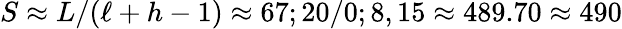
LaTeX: S\approx L/(\ell+h-1)\approx 67;20/0;8,15\approx 489.70\approx 490